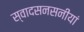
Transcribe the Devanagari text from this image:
स्वादसनसनीयां